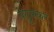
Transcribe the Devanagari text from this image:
वेळुसकर